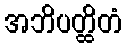
အဘိပတ္ထိတံ